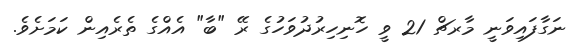
ނަގާފައިވަނީ މާރޗް 21 ވީ ހޮނިހިރުދުވަހުގެ ރޭ "ބާ" އެއްގެ ތެރެއިން ކަމަށެވެ.